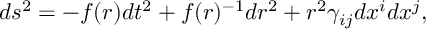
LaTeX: d s ^ { 2 } = - f ( r ) d t ^ { 2 } + f ( r ) ^ { - 1 } d r ^ { 2 } + r ^ { 2 } \gamma _ { i j } d x ^ { i } d x ^ { j } ,